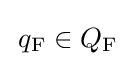
\,q_{\textrm {F}}\in Q_{\textrm {F}}